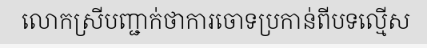
លោកស្រីបញ្ជាក់ថាការចោទប្រកាន់ពីបទល្មើស